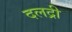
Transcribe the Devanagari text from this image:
दलद्री